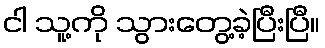
ငါ သူ့ကို သွားတွေ့ခဲ့ပြီးပြီ။